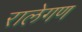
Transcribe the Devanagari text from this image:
रालेगण